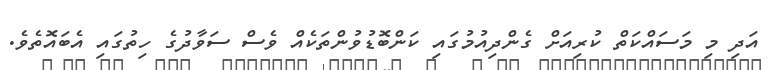
އަދި މި މަސައްކަތް ކުރިއަށް ގެންދިއުމުގައި ކަންބޮޑުވުންތަކެއް ވެސް ސަވާދުގެ ހިތުގައި އެބައޮތެވެ.